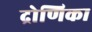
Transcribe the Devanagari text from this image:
द्रोणिका